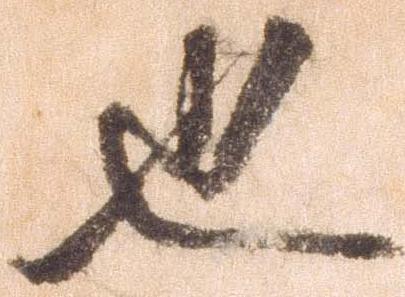
也